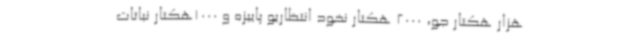
هزار هکتار جو، 2000 هکتار نخود انتظاریو پاییزه و 1000هکتار نباتات